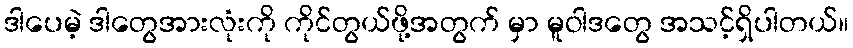
ဒါပေမဲ့ ဒါတွေအားလုံးကို ကိုင်တွယ်ဖို့အတွက် မှာ မူဝါဒတွေ အသင့်ရှိပါတယ်။